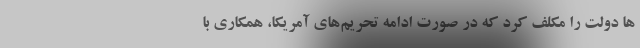
ها دولت را مکلف کرد که در صورت ادامه‌ تحریم‌های آمریکا، همکاری با